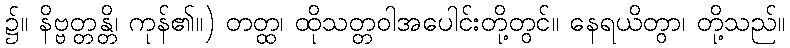
၌။ နိဗ္ဗတ္တန္တိ၊ ကုန်၏။) တတ္ထ၊ ထိုသတ္တဝါအပေါင်းတို့တွင်။ နေရယိတွာ၊ တို့သည်။